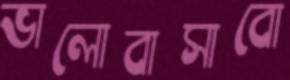
ভালোবাসাবো